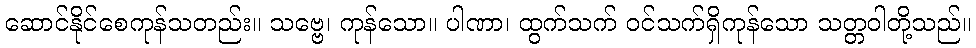
ဆောင်နိုင်စေကုန်သတည်း။ သဗ္ဗေ၊ ကုန်သော။ ပါဏာ၊ ထွက်သက် ဝင်သက်ရှိကုန်သော သတ္တဝါတို့သည်။